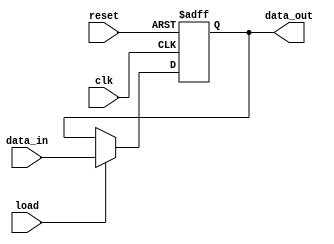
module register (
    input wire clk,
    input wire reset,
    input wire load,
    input wire [7:0] data_in,
    output reg [7:0] data_out
);

always @(posedge clk or posedge reset) begin
    if (reset) begin
        data_out <= 8'b0;
    end else if (load) begin
        data_out <= data_in;
    end
end

endmodule